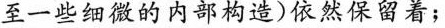
至一些细微的内部构造)依然保留着；